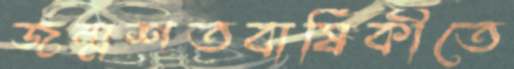
জন্মশতবার্ষিকীতে